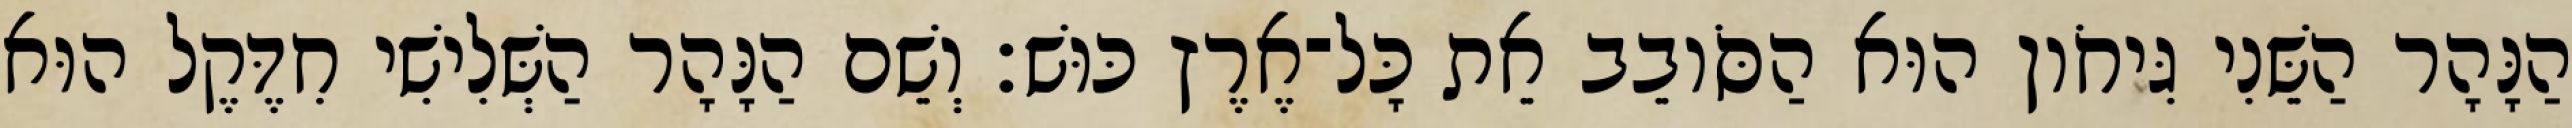
הַנָּהָר הַשֵּׁנִי גִּיחֹון הוּא הַסֹּובֵב אֵת כָּל־אֶרֶץ כּוּשׁ׃ וְשֵׁם הַנָּהָר הַשְּׁלִישִׁי חִדֶּקֶל הוּא